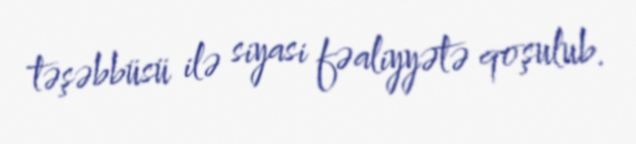
təşəbbüsü ilə siyasi fəaliyyətə qoşulub.